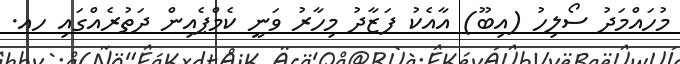
މުހައްމަދު ސޯލިހު (އިބޫ) އާއެކު ފަޒާދު މިހާރު ވަނީ ކެމްޕެއިން ދަތުރެއްގައި ހއ.